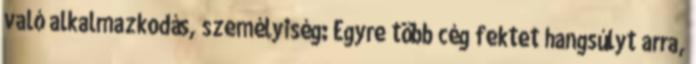
való alkalmazkodás, személyiség: Egyre több cég fektet hangsúlyt arra,